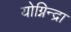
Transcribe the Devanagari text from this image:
योग्निन्द्रा